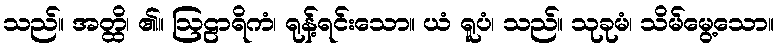
သည်။ အတ္ထိ၊ ၏။ ဩဠာရိကံ၊ ရုန့်ရင်းသော။ ယံ ရူပံ၊ သည်။ သုခုမံ၊ သိမ်မွေ့သော။